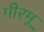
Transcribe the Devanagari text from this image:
गीरमू